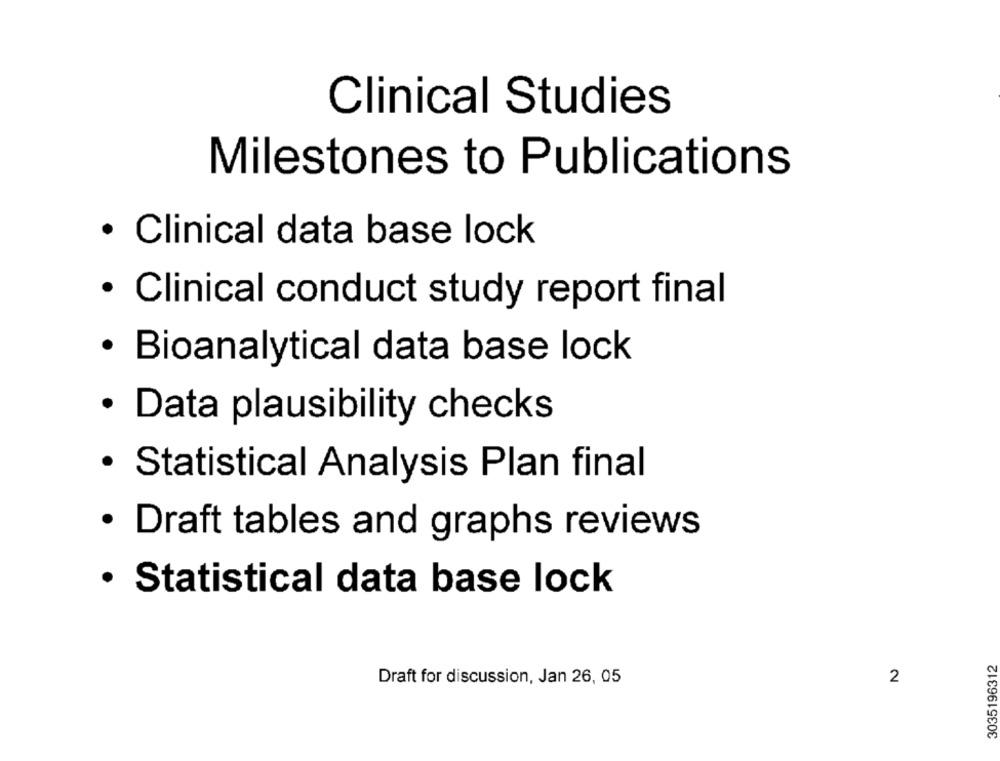
Clinical Studies
Milestones to Publications
· Clinical data base lock
· Clinical conduct study report final
· Bioanalytical data base lock
· Data plausibility checks
· Statistical Analysis Plan final
· Draft tables and graphs reviews
· Statistical data base lock
3035196312
Draft for discussion, Jan 26, 05
2